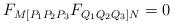
LaTeX: \begin{align*} F_{M[P_1P_2P_3} F_{Q_1Q_2Q_3]N}=0\end{align*}